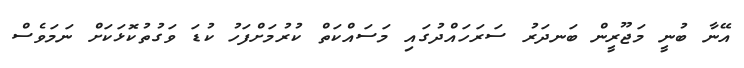
އޭނާ ބުނީ މަޖޫރީން ބަނދަރު ސަރަހައްދުގައި މަސައްކަތް ކުރުމަށްފަހު ކުޑަ ވަގުތުކޮޅަކަށް ނަމަވެސް